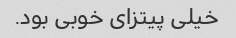
خیلی پیتزای خوبی بود.